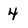
Character: 4